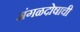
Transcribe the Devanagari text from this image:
मंगळदोषाची